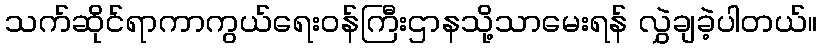
သက်ဆိုင်ရာကာကွယ်ရေးဝန်ကြီးဌာနသို့သာမေးရန် လွှဲချခဲ့ပါတယ်။